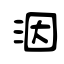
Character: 洇